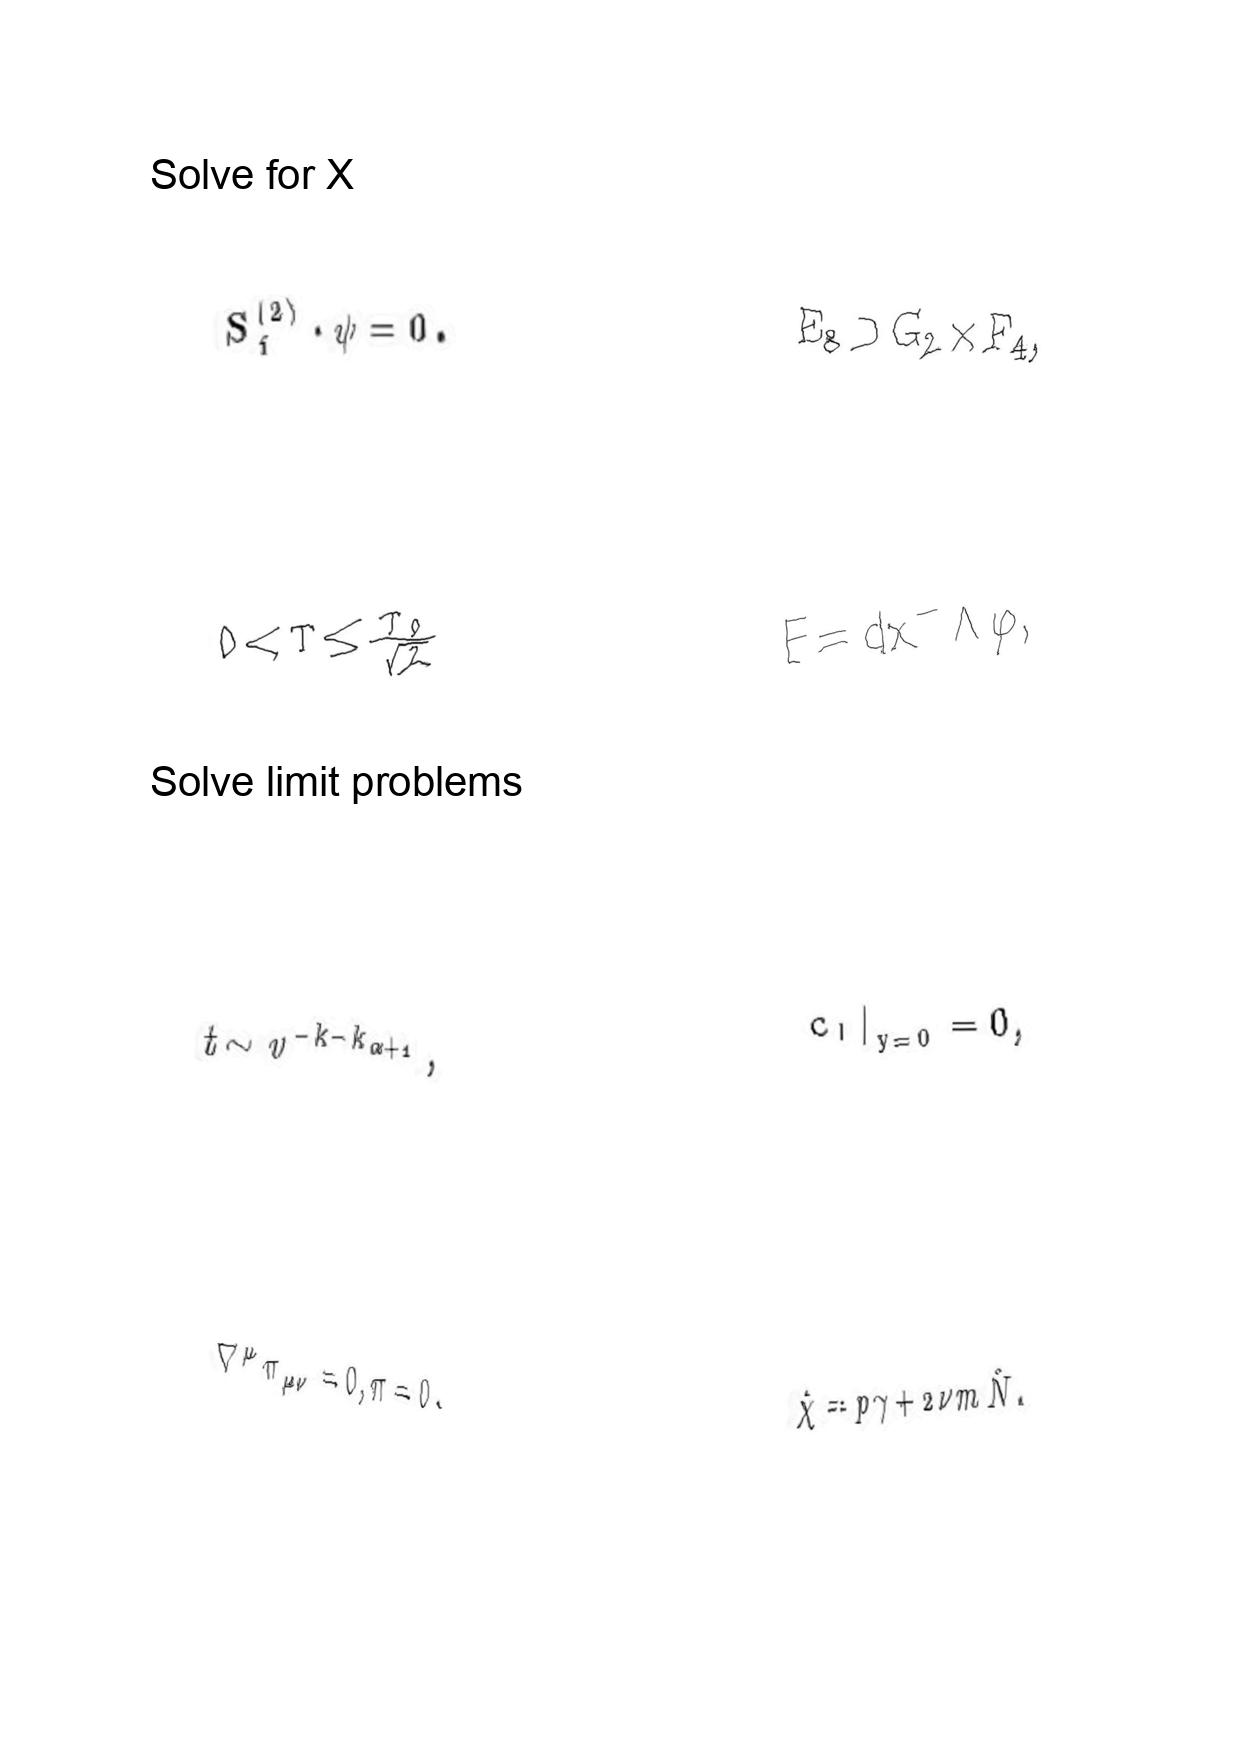
LaTeX transcription:
S _ { f } ^ { \lparen 2 \rparen } \cdot \psi = 0 .
0 \lt T \leq \frac { T _ { 0 } } { \sqrt { 2 } }
t \sim v ^ { - k - k _ { \alpha + 1 } } ,
\nabla ^ { \mu } \pi _ { \mu \nu } = 0 , \pi = 0 .
E _ { 8 } \supset G _ { 2 } \times F _ { 4 } ,
F = d x ^ { - } \wedge \varphi ,
 c _ { l } \vert _ { y = 0 } = 0 ,
\hat { \chi } = p \gamma + 2 \nu m \hat { N } .